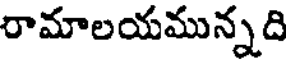
రామాలయమున్నది